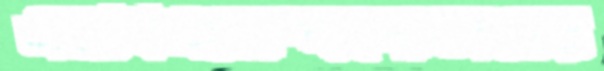
এমবিএমোদ্দাপোতাশ্রয়